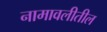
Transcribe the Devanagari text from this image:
नामावलीतील